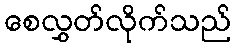
စေလွှတ်လိုက်သည်